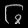
Digit: ၆